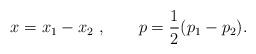
LaTeX: \begin{align*}x = x_1 - x_2\ , \qquad p = {1 \over 2} (p_1 - p_2).\end{align*}